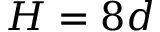
H = 8 d